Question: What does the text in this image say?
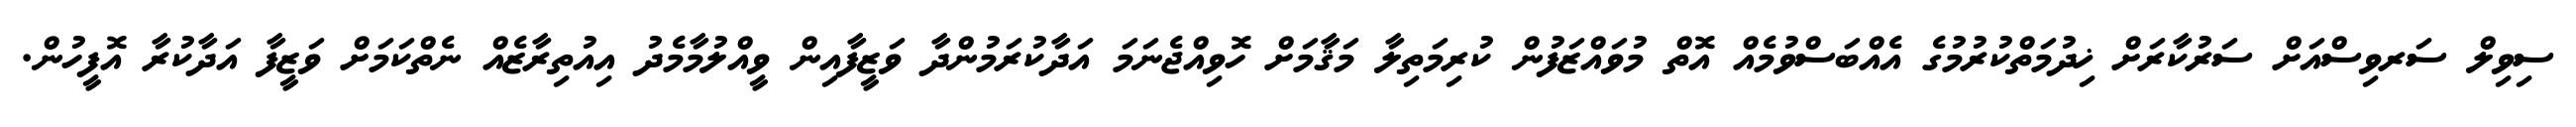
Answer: ސިވިލް ސަރވިސްއަށް ސަރުކާރަށް ޚިދުމަތްކުރުމުގެ އެއްބަސްވުމެއް އޮތް މުވައްޒަފުން ކުރިމަތިލާ މަޤާމަށް ހޮވިއްޖެނަމަ އަދާކުރަމުންދާ ވަޒީފާއިން ވީއްލުމާމެދު އިއުތިރާޒެއް ނެތްކަމަށް ވަޒީފާ އަދާކުރާ އޮފީހުން.